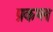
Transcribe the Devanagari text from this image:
प्रकप्ल